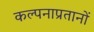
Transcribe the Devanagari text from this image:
कल्पनाप्रतानों